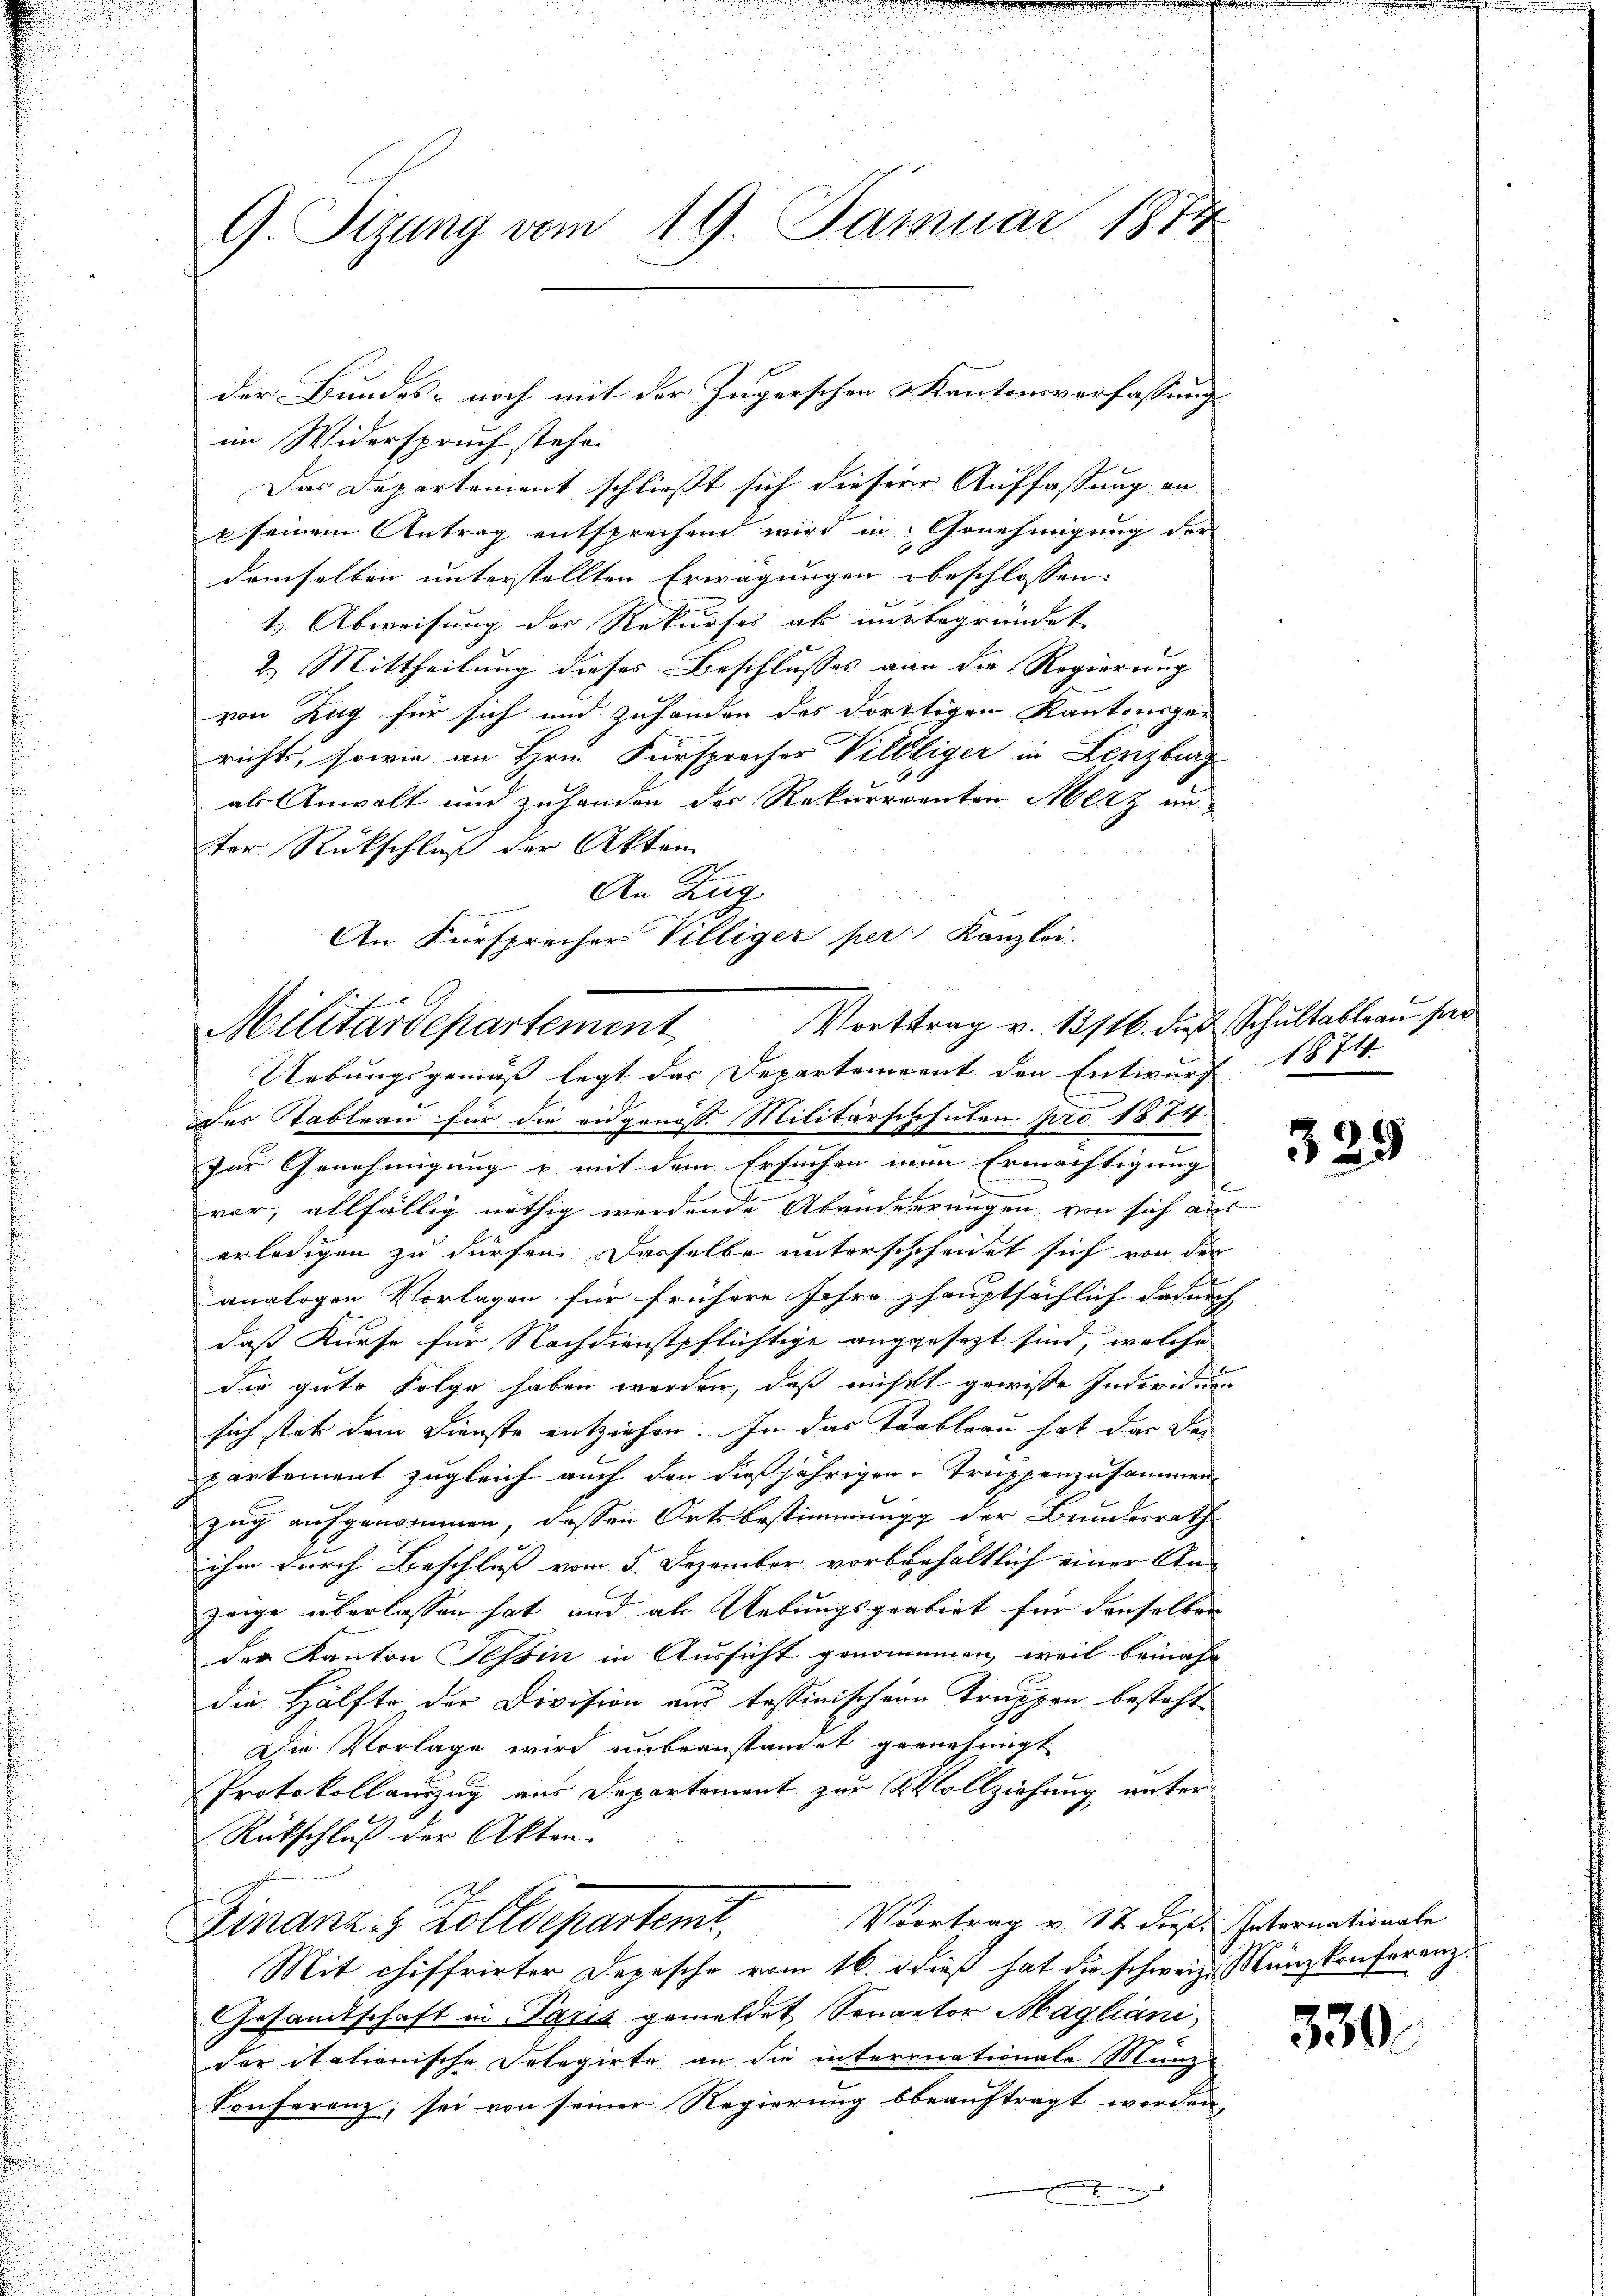
G. Sizung vom 19. Januar 1874

im Widerspruch stehen
Das Departement schließt sich dieser Auffassung an
seinem Antrag entsprechen wird in Genehmigung der
demselben unterstellten Erwägungen beschlossen:
t Abweisung des Rekurses als uns begründet
2.) Mittheilung dieses Beschlusses von die Regierung
von Zug für sich und zuhanden des dorttigen Kantonsge-
richts, sowie an Hrn. Fürsprecher Villiger in Lenzburg
 als Anwalt und zuhanden des Rekurrenten Merz un
ter Rückschluß der Akten
1
An Zug.

An Fürsprecher Villiger per Kanzlei.

Vortrag v. 13116. dieß Schultableau har
Militärdepartement
Uebungsgemäss legt das Departement den Entwurf 1874.

der Bundes- noch mit der Zugerschen Kantonsverfassung

des Tableau für die eidgenoss. Militärschchulen pro 1874
zur Genehmigung u mit dem Ersuchen nen Ermächtigung
vor; allfällig nöthig werdende Abänderrungen von sich aus
erledigen zu dürfen. Dasselbe unterschehendet sich von der
analogen Vorlagen für frühere Jahre shauptsächlich dadurch |
daß Kurse für Nachdienstpflichtige anggesezt sind, welche
die gute Folge haben werden, daß nichtt gewisse Individuum
sich stat dem Dienste entziehen. In das Trableau hat das De-
partement zugleich auch den dießjährigen Truppenzusammen-
zug aufgenommen, dessen Ortsbestimmung der Bunderrath
ihm durch Beschluß vom 5. Dezember vorbehaltlich einer An-
zeige überlassen hat, und als Uebungsgrabirt für denselben
der Kanton Tessin in Aussicht genommen, weil beinahe
die Hälfte der Division aus tessinischen Truppen besteht
Die Vorlage wird unbeanstandet gernehmigt
Protokollauszug aus Departement zur Vollziehung unter
Rückschluß der Akten.
Vortrag v. 17 dieß. Internationale
Finanz & Zolldepartemt,
Mit chiffrirter Depesche vom 16. dieß hat die schweiz. Münzkonferenz.
Gesamtschaft in Paris gemeldet, Senator Magliani,
der itationische Delegirte an die internationale Münz
Conferenz, sei von seiner Regierung beauftragt worden,

325

330